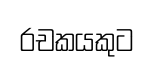
රචකයකුට